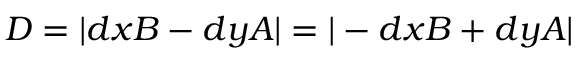
D = \vert d x B - d y A \vert = \vert - d x B + d y A \vert